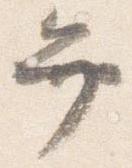
弁